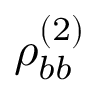
\rho _ { b b } ^ { ( 2 ) }